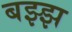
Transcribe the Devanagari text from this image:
बझ्झ